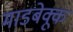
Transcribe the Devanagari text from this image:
माडबेक्कू